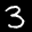
Label: 3